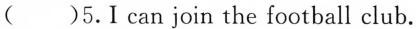
()5.Ican join the football club.